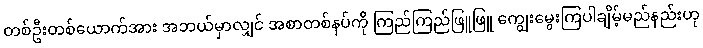
တစ်ဦးတစ်ယောက်အား အဘယ်မှာလျှင် အစာတစ်နပ်ကို ကြည်ကြည်ဖြူဖြူ ကျွေးမွေးကြပါချိမ့်မည်နည်းဟု